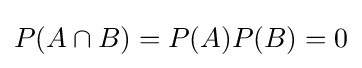
P(A\cap B)=P(A)P(B)=0